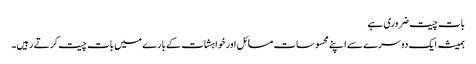
بات چیت ضروری ہے
ہمیشہ ایک دوسرے سے اپنے محسوسات مسائل اور خواہشات کے بارے میں بات چیت کرتے رہیں۔